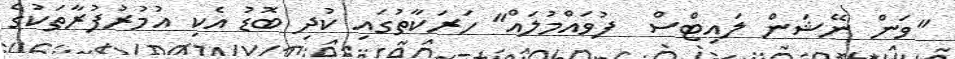
"ވަން ނޭޝަން ލައިޓްސް  ފުވައްމުލައް" ހަރަކާތުގައި ކުދި ބޮޑު އެކި އުމުރުފުރާތަކުގެ